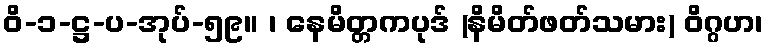
ဝိ-၁-ဋ္ဌ-ပ-အုပ်-၅၉။ ၊ နေမိတ္တကပုဒ် (နိမိတ်ဖတ်သမား) ဝိဂ္ဂဟ၊